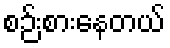
စဉ်းစားနေတယ်